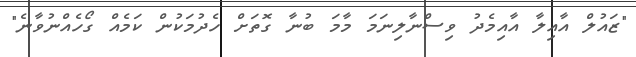
"ޒައުލް އާއިލާ އާއިމެދު ވިސްނާލިނަމަ މާމަ ބުނާ ގޮތަށް ހެދުމަކުން ކަމެއް ގޯހެއްނުވާނެ"